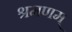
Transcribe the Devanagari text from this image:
श्रमणम्